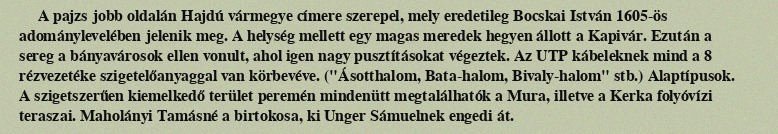
A pajzs jobb oldalán Hajdú vármegye címere szerepel, mely eredetileg Bocskai István 1605-ös adománylevelében jelenik meg. A helység mellett egy magas meredek hegyen állott a Kapivár. Ezután a sereg a bányavárosok ellen vonult, ahol igen nagy pusztításokat végeztek. Az UTP kábeleknek mind a 8 rézvezetéke szigetelőanyaggal van körbevéve. ("Ásotthalom, Bata-halom, Bivaly-halom" stb.) Alaptípusok. A szigetszerűen kiemelkedő terület peremén mindenütt megtalálhatók a Mura, illetve a Kerka folyóvízi teraszai. Maholányi Tamásné a birtokosa, ki Unger Sámuelnek engedi át.